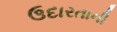
ઉદારતાની